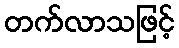
တက်လာသဖြင့်